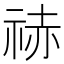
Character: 𥙼